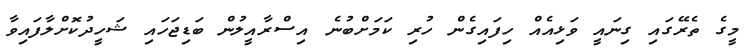
މީގެ ތެރޭގައި ގިނައީ ވަޅިއެއް ހިފައިގެން ހުރި ކަމަށްބުނެ އިސްރާއީލުން ބަޑިޖަހައި ޝަހީދުކޮށްލާފައިވާ